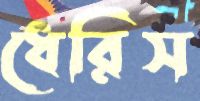
ধেরিস